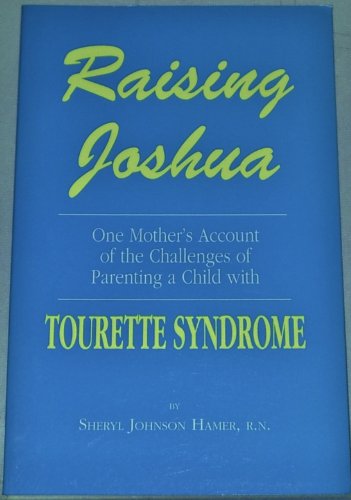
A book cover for Raising Joshua: One Mother's Story of the Challenges of Parenting a Child With Tourette Syndrome; Sheryl J. Hamer; Health, Fitness & Dieting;